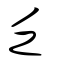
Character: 乏